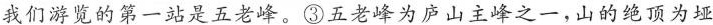
我们游览的第一站是五老峰。③五老峰为庐山主峰之一，山的绝顶为垭